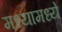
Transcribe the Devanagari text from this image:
मध्यामध्ये